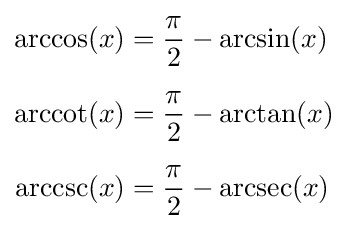
{\begin{aligned}\arccos(x)&={\frac {\pi }{2}}-\arcsin(x)\\[0.5em]\operatorname {arccot} (x)&={\frac {\pi }{2}}-\arctan(x)\\[0.5em]\operatorname {arccsc} (x)&={\frac {\pi }{2}}-\operatorname {arcsec} (x)\end{aligned}}